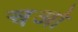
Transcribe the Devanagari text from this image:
चओ